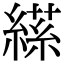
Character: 𦃝